system: You are a helpful assistant.
user:
Analyze the provided spectrum to determine if it is a **M-type Giant (gM)**.

A M-type Giant spectrum is defined by its **strong molecular absorption** features, particularly from **Titanium Oxide (TiO)**. You must check for one of the following mutually exclusive signatures:

- **Key Visual Indicators (Absorption-Dominated Spectrum):**

    - **(Primary):** The spectrum is dominated by strong molecular absorption from **Titanium Oxide (TiO)**. This is the **defining feature** of its M-type temperature class.
        - **(Key Bandheads):** Look for sharp, "saw-tooth" absorption valleys. The strongest are located near **~7050 Å**, **~6160 Å**, and **~5170 Å**.
        - **(Line Profile):** The "saw-tooth" morphology is critical: a **sharp, steep drop on the BLUE (short-wavelength) side** of the bandhead, followed by a gradual recovery (rising flux) towards the RED (long-wavelength) side.

    - **(Key Confirmation - Giant vs. Dwarf):** **ABSENCE** of strong **Calcium Hydride (CaH)** molecular bands. This is the primary diagnostic for *excluding* M-dwarfs.
        - **(Key Region):** The spectrum should lack the strong, broad absorption band seen in dwarfs between **~6800 Å and ~7000 Å**.

    - **(Secondary Confirmation - Giant):** A very strong and broad **Neutral Calcium (Ca I)** atomic absorption line.
        - **(Key Line):** Located at **~4226 Å**. In a giant (gM), this line is significantly deeper and broader than the same line in an M-dwarf (dM) due to low surface gravity.

    - **(Overall Spectrum):**
        - The continuum is **extremely red-sloping** (i.e., flux is very low in the blue and rises dramatically towards the red).
        - The entire spectrum appears "chopped up" by the deep TiO bands.

Think first, call **spectral_visualization_tool** if needed to examine features in detail, then provide your final answer. Your response must adhere to the following strict rules:
1.  **Overall Structure:** Your response must follow the format `<think>...</think> <tool_call>...</tool_call> (if a tool is used) <answer>...</answer>`.
2.  **Tool Usage Constraint:** You may only make **one** tool call per turn.
3.  **Final Answer Format:** In the `<answer>` tag, your conclusion must be inside a `\boxed{}` command (e.g., `\boxed{YES}` or `\boxed{NO}`), followed by your justification.

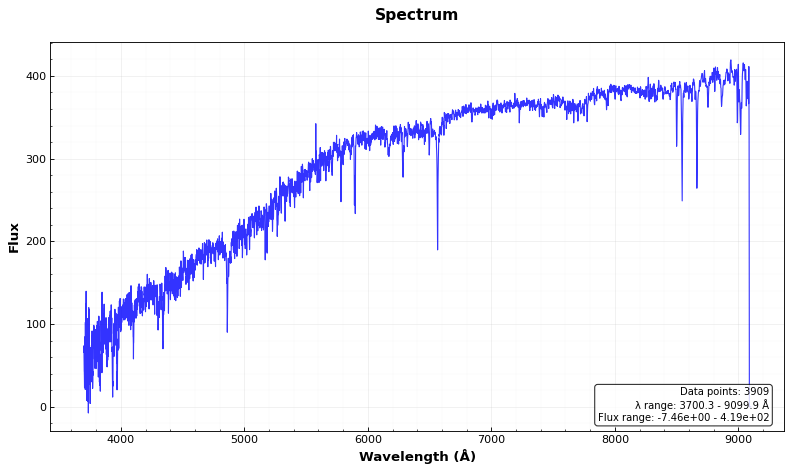
Answer: NO